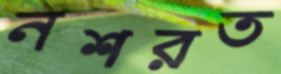
নশরত